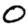
Digit: 0